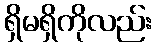
ရှိမရှိကိုလည်း